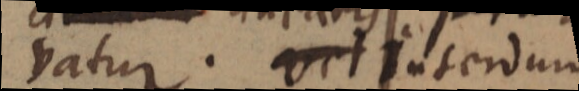
vatur. vel Interdum